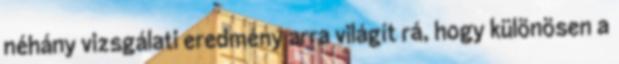
néhány vizsgálati eredmény arra világít rá, hogy különösen a